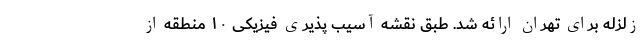
زلزله برای تهران ارائه شد. طبق نقشه آسیب پذیری فیزیکی ۱۰ منطقه از